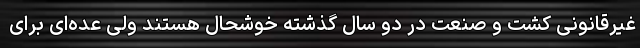
غیرقانونی کشت و صنعت در دو سال گذشته خوشحال هستند ولی عده‌ای برای